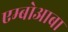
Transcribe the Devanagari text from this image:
एम्बोआबा